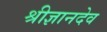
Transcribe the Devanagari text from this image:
श्रीज्ञानदेव